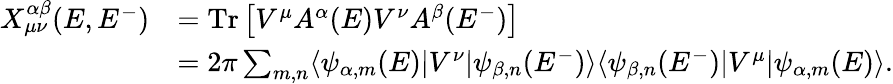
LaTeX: \begin{array}{rl}{X_{\mu\nu}^{\alpha\beta}(E,E^{-})}&{=\operatorname{Tr}\left[V^{\mu}A^{\alpha}(E)V^{\nu}A^{\beta}(E^{-})\right]}\\ &{=2\pi\sum_{m,n}\langle\psi_{\alpha,m}(E)|V^{\nu}|\psi_{\beta,n}(E^{-})\rangle\langle\psi_{\beta,n}(E^{-})|V^{\mu}|\psi_{\alpha,m}(E)\rangle.}\end{array}